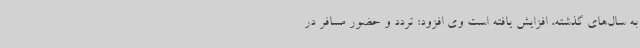
به سال‌های گذشته، افزایش یافته است وی افزود: تردد و حضور مسافر در